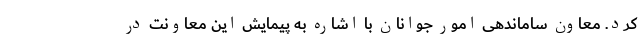
کرد. معاون ساماندهی امور جوانان با اشاره به پیمایش این معاونت در